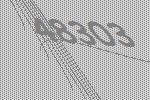
48303